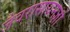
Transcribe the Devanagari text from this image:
जैवरासायनज्ञों